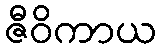
ဇီဝိကာယ